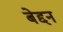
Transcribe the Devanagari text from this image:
बेद्दन